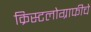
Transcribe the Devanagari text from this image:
क्रिस्टलोग्राफीचे